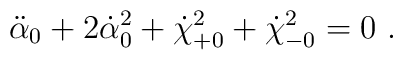
\ddot{\alpha}_0 + 2\dot{\alpha}_0^2      +\dot{\chi}_{+ 0}^2 + \dot{\chi}_{- 0}^2 =0  \ .